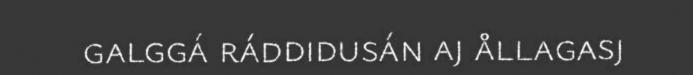
galggá ráddidusán aj ållagasj